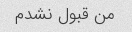
من قبول نشدم